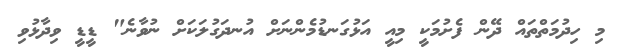
މި ހިދުމަތްތައް ދޭން ފެށުމަކީ މިއީ އަޅުގަނޑުމެންނަށް އުނދަގުލަކަށް ނުވާނެ" ޑީޑީ ވިދާޅުވި